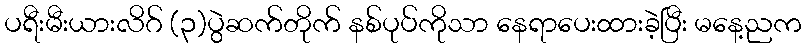
ပရီးမီးယားလိဂ် (၃)ပွဲဆက်တိုက် နစ်ပုပ်ကိုသာ နေရာပေးထားခဲ့ပြီး မနေ့ညက